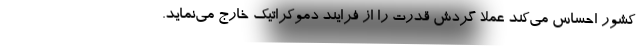
کشور احساس می‌کند عملا گردش قدرت را از فرایند دموکراتیک خارج می‌نماید.